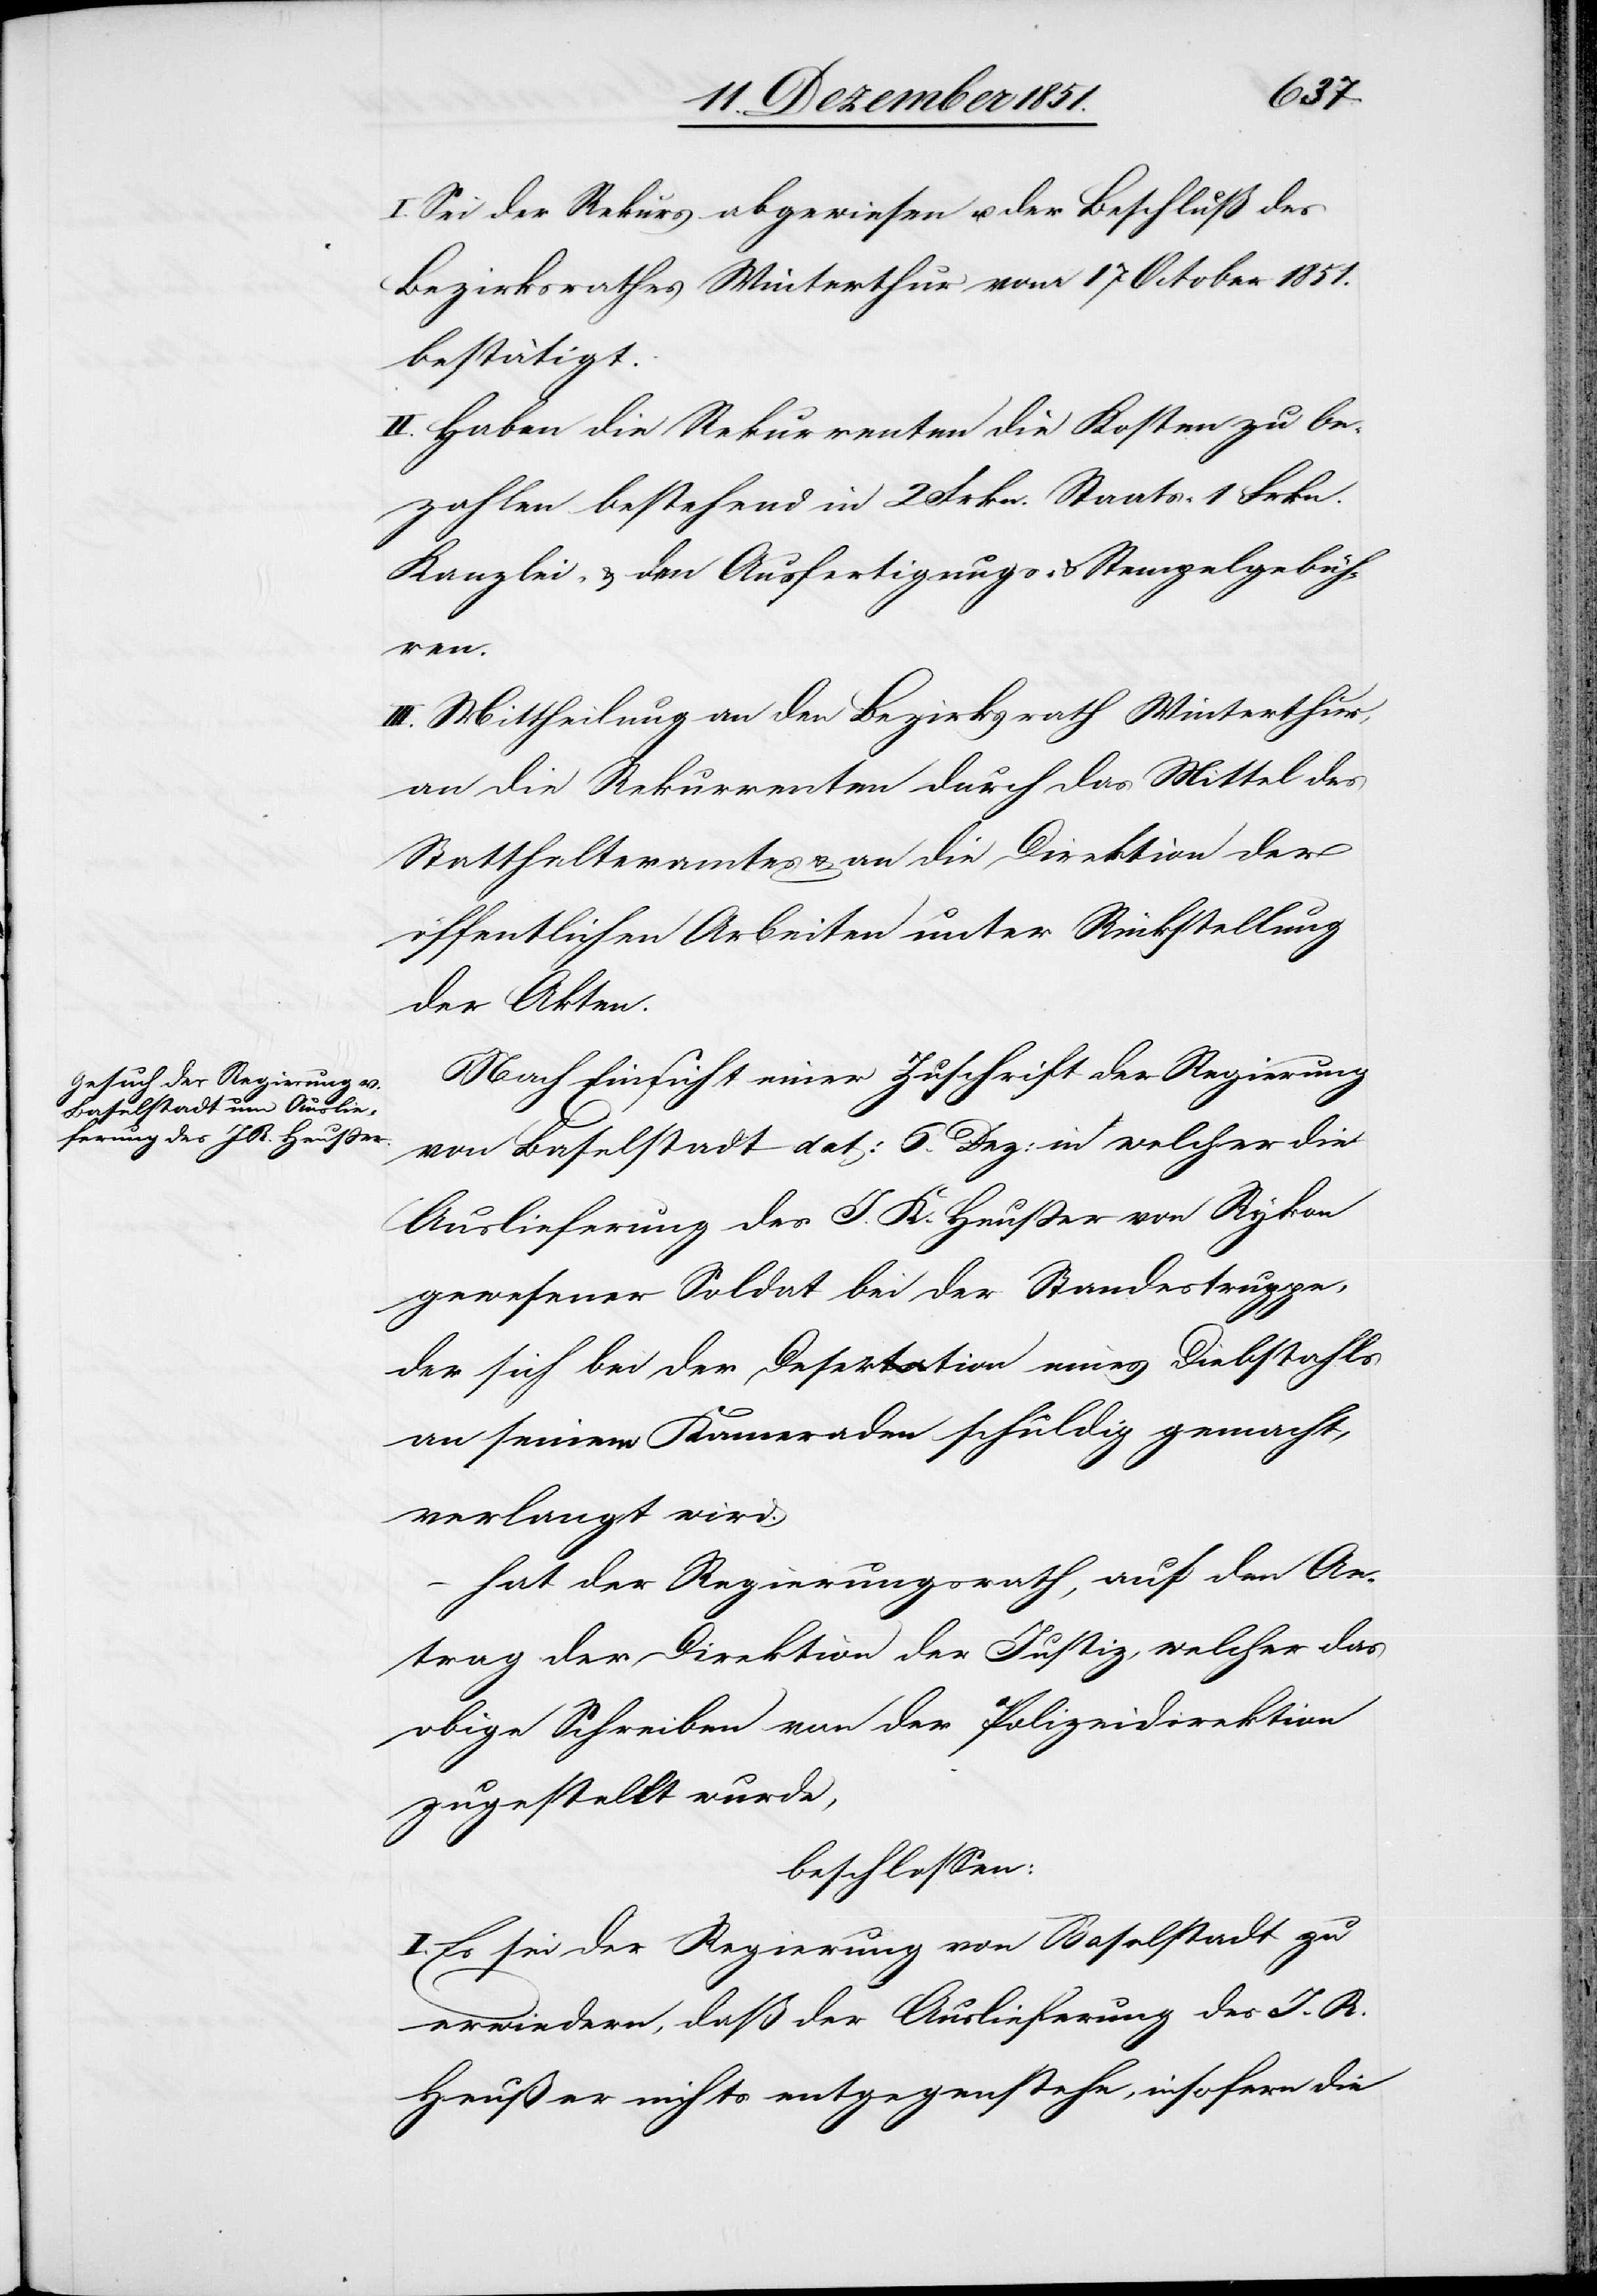
I. Sei der Rekurs abgewiesen u. der Beschluß des
Bezirksrathes Winterthur vom 17 October 1851.
bestätigt.
II. Haben die Rekurrenten die Kosten zu be¬
zahlen bestehend in 2 Frkn. Staats-[,] 1 Frkn.
Kanzlei- & den Ausfertigungs- & Stempelgebüh¬
ren.
III. Mittheilung an den Bezirksrath Winterthur,
an die Rekurrenten durch das Mittel des
Statthalteramtes & an die Direktion der
öffentlichen Arbeiten unter Rückstellung
der Akten.
Nach Einsicht einer Zuschrift der Regierung
von Baselstadt dat: 6. Dez: in welcher die
Auslieferung des J. K. [sic!] Heußer von Rykon
gewesener Soldat bei der Standestruppe,
der sich bei der Desertion eines Diebstahls
an seinen Kameraden schuldig gemacht,
verlangt wird.
hat der Regierungsrath, auf den An¬
trag der Direktion der Justiz, welcher das
obige Schreiben von der Polizeidirektion
zugestellt wurde,
beschlossen:
Es sei der Regierung von Baselstadt zu
erwiedern, daß der Auslieferung des J. R.
Heußer nichts entgegenstehe, insofern die